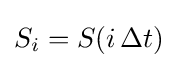
S_{i}=S(i\,\Delta t)